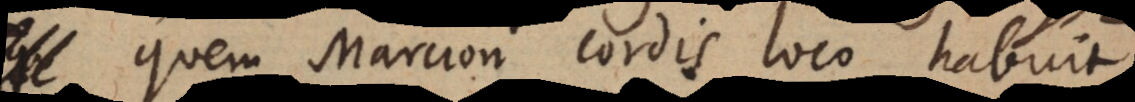
quem Marcion cordis loco habuit